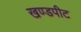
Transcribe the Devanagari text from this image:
खण्डपीट